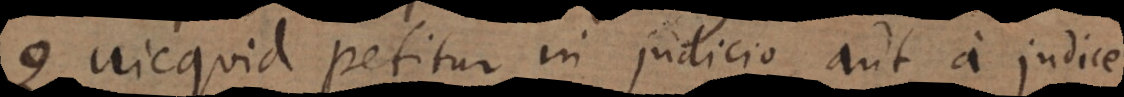
Quicquid petitur in judicio, aut a judice